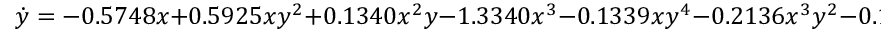
\dot { y } = - 0 . 5 7 4 8 x + 0 . 5 9 2 5 x y ^ { 2 } + 0 . 1 3 4 0 x ^ { 2 } y - 1 . 3 3 4 0 x ^ { 3 } - 0 . 1 3 3 9 x y ^ { 4 } - 0 . 2 1 3 6 x ^ { 3 } y ^ { 2 } - 0 . 1 4 9 5 x ^ { 5 }